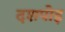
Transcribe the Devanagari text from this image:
दशपोइ